Investigations on Bengal jail dietaries - Number 37
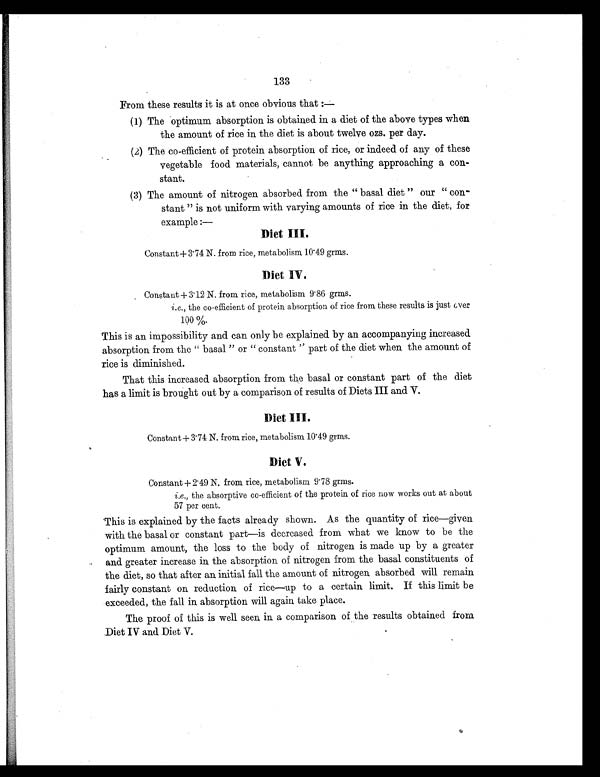
133
From these results it is at once obvious that
(1) The optimum absorption is obtained in a diet of the above types when
the amount of rice in the diet is about twelve ozs. per day.
(2)
The co-efficient of protein absorption of rice, or indeed of any of these
vegetable food materials, cannot be anything approaching a con-
stant.
(3)
The amount of nitrogen absorbed from the "basal diet" our "con-
stant" is not uniform with varying amounts of rice in the diet, for
example :—
Diet III.
Constant + 3.74 N. from rice, metabolism 10.49 grms.
Diet IV.
Constant + 3.12 N. from rice, metabolism 9.86 grms.
i.e., the co-efficient of protein absorption of rice from these results is just over
100 %.
This is an impossibility and can only be explained by an accompanying increased
absorption from the "basal" or "constant'' part of the diet when the amount of
rice is diminished.
That this increased absorption from the basal or constant part of the diet
has a limit is brought out by a comparison of results of Diets III and V.
Diet III.
Constant + 3.74 N. from rice, metabolism 10.49 grms.
Diet V.
Constant + 2.49 N. from rice, metabolism 9.78 grms.
i.e., the absorptive co-efficient of the protein of rice now works out at about
57 per cent.
'This is explained by the facts already shown. As the quantity of rice—given
with the basal or constant part—is decreased from what we know to be the
optimum amount, the loss to the body of nitrogen is made up by a greater
and greater increase in the absorption of nitrogen from the basal constituents of
the diet, so that after an initial fall the amount of nitrogen absorbed will remain
fairly constant on reduction of rice—up to a certain limit. If this limit be
exceeded, the fall in absorption will again take place.
The proof of this is well seen in a comparison of the results obtained from
Diet IV and Diet V.